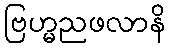
ဗြဟ္မညဖလာနိ